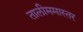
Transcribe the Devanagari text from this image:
तालीममास्तर